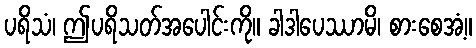
ပရိသံ၊ ဤပရိသတ်အပေါင်းကို။ ခါဒါပေဿာမိ၊ စားစေအံ့။